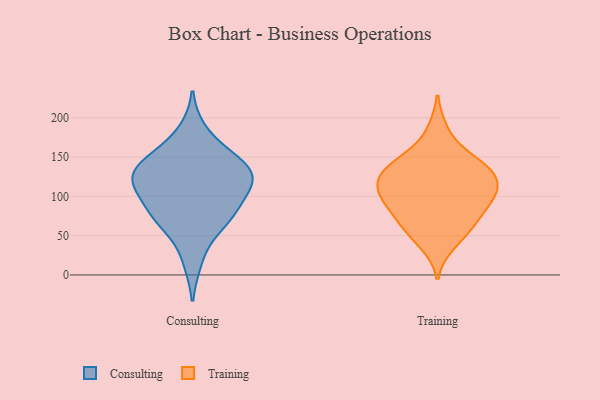
{"axis": {"x": "Inventory Turnover", "y": "Value"}, "legend": ["Consulting", "Training"], "data": [{"x": "", "y": 61, "type": "Consulting"}, {"x": "", "y": 183, "type": "Consulting"}, {"x": "", "y": 125, "type": "Consulting"}, {"x": "", "y": 118, "type": "Consulting"}, {"x": "", "y": 146, "type": "Consulting"}, {"x": "", "y": 79, "type": "Consulting"}, {"x": "", "y": 105, "type": "Consulting"}, {"x": "", "y": 139, "type": "Consulting"}, {"x": "", "y": 74, "type": "Consulting"}, {"x": "", "y": 97, "type": "Consulting"}, {"x": "", "y": 18, "type": "Consulting"}, {"x": "", "y": 126, "type": "Consulting"}, {"x": "", "y": 135, "type": "Consulting"}, {"x": "", "y": 70, "type": "Consulting"}, {"x": "", "y": 119, "type": "Consulting"}, {"x": "", "y": 156, "type": "Consulting"}, {"x": "", "y": 40, "type": "Training"}, {"x": "", "y": 91, "type": "Training"}, {"x": "", "y": 55, "type": "Training"}, {"x": "", "y": 149, "type": "Training"}, {"x": "", "y": 111, "type": "Training"}, {"x": "", "y": 133, "type": "Training"}, {"x": "", "y": 83, "type": "Training"}, {"x": "", "y": 136, "type": "Training"}, {"x": "", "y": 183, "type": "Training"}, {"x": "", "y": 72, "type": "Training"}, {"x": "", "y": 141, "type": "Training"}, {"x": "", "y": 132, "type": "Training"}, {"x": "", "y": 101, "type": "Training"}, {"x": "", "y": 112, "type": "Training"}, {"x": "", "y": 116, "type": "Training"}, {"x": "", "y": 100, "type": "Training"}, {"x": "", "y": 61, "type": "Training"}]}